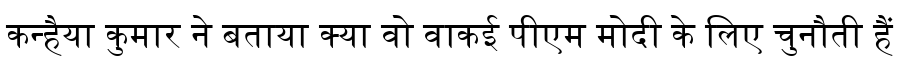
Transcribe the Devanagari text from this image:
कन्हैया कुमार ने बताया क्या वो वाकई पीएम मोदी के लिए चुनौती हैं